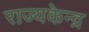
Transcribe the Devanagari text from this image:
राज्यकेन्द्र